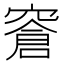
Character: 𬔎